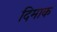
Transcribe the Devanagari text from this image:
दिमाक